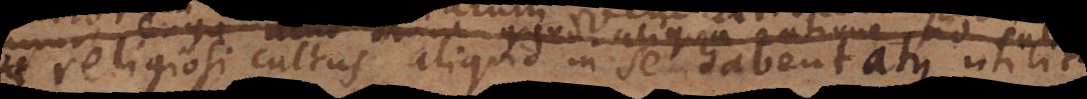
religiosi cultus aliquid in se habent atque utilitate